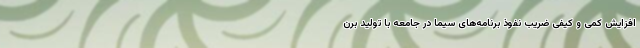
افزایش کمی و کیفی ضریب نفوذ برنامه‌های سیما در جامعه با تولید برن